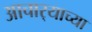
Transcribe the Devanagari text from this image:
आचार्‍याच्या